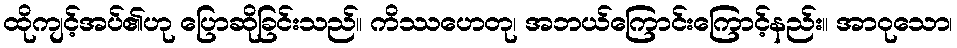
ထိုကျင့်အပ်၏ဟု ပြောဆိုခြင်းသည်။ ကိဿဟေတု၊ အဘယ်ကြောင်းကြောင့်နည်း။ အာဝုသော၊